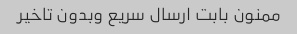
ممنون بابت ارسال سریع وبدون تاخیر